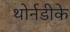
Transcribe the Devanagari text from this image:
थोर्नडीके